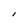
Character: l